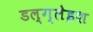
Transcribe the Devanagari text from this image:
डल्ग्लेइश